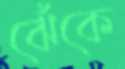
ঝেঁকে